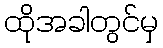
ထိုအခါတွင်မှ